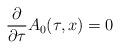
LaTeX: \begin{align*}\frac{\partial}{\partial\tau}A_0(\tau,x)=0\end{align*}